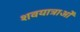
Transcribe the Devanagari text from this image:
शवयात्राओँ